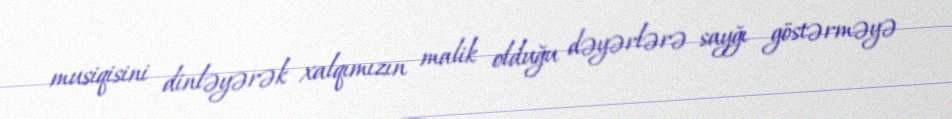
musiqisini dinləyərək xalqımızın malik olduğu dəyərlərə sayğı göstərməyə